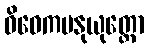
ဝိဝေကမနုယုတ္တော